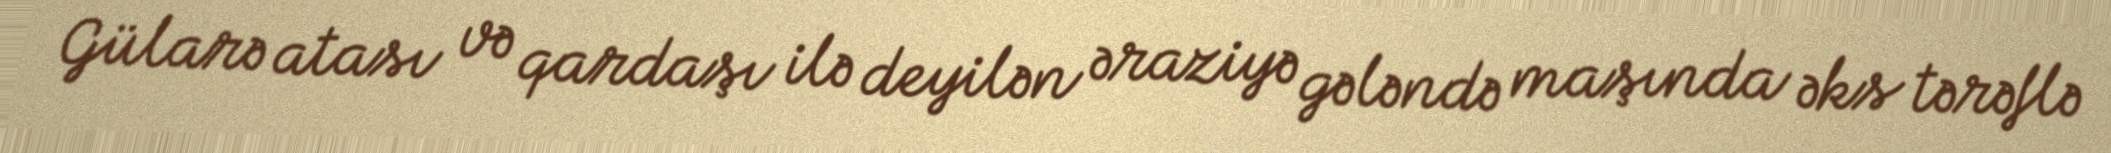
Gülarə atası və qardaşı ilə deyilən əraziyə gələndə maşında əks tərəflə